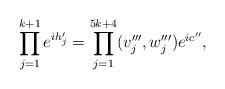
LaTeX: \begin{align*}\prod_{j=1}^{k+1} e^{i h_j'}=\prod_{j=1}^{5k +4} (v_j''',w_j''')e^{ic''},\end{align*}